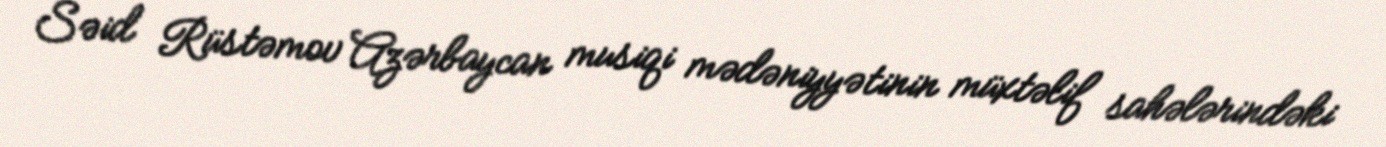
Səid Rüstəmov Azərbaycan musiqi mədəniyyətinin müxtəlif sahələrindəki